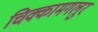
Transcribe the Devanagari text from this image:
चिक्कामगलुर